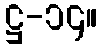
ဋ္ဌ-၁၄။